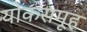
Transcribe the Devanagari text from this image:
योकसमूह